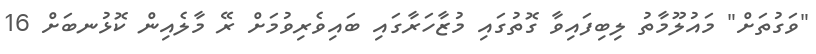
"ވަގުތަށް" މައުލޫމާތު ލިބިފައިވާ ގޮތުގައި މުޒާހަރާގައި ބައިވެރިވުމަށް ރޭ މާލެއިން ކޮޅުނބަށް 16